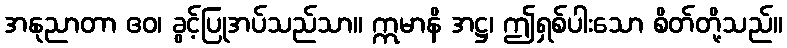
အနုညာတာ ဧဝ၊ ခွင့်ပြုအပ်သည်သာ။ ဣမာနိ အဋ္ဌ၊ ဤရှစ်ပါးသော စိတ်တို့သည်။